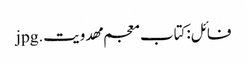
فائل:کتاب معجم مهدویت.jpg